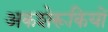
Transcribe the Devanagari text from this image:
अकशेरूकियों